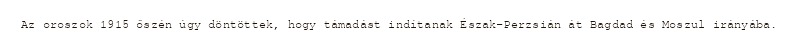
Az oroszok 1915 őszén úgy döntöttek, hogy támadást indítanak Észak-Perzsián át Bagdad és Moszul irányába.